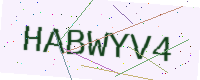
Text: HABWYV4